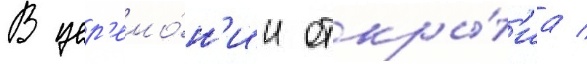
В цер'емо́н'ии откры́т'иа /